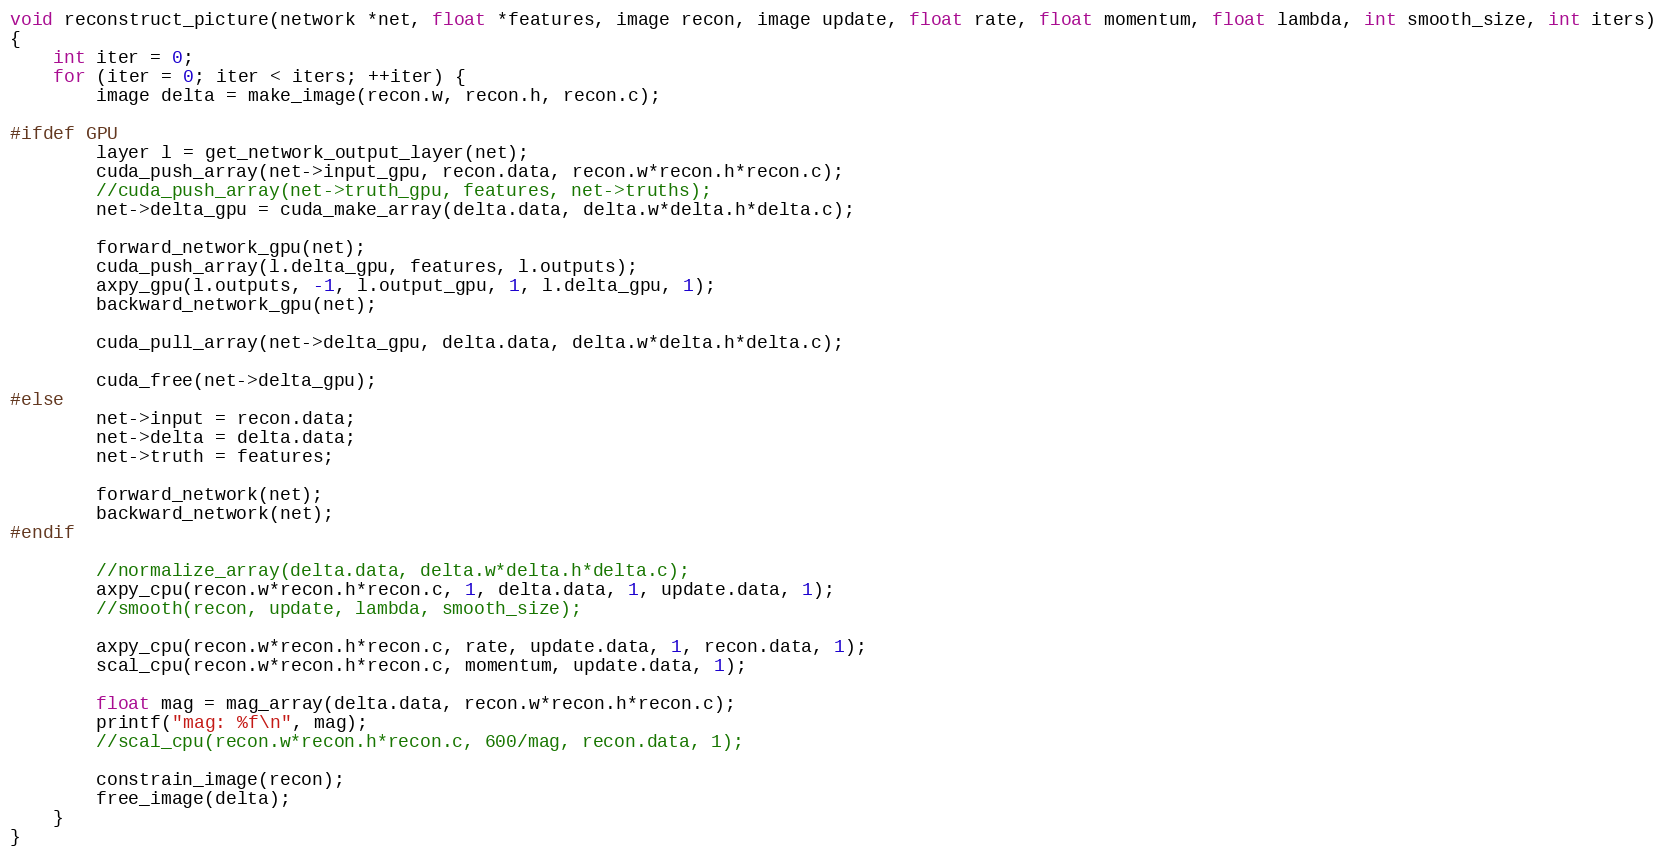
Language: C
void reconstruct_picture(network *net, float *features, image recon, image update, float rate, float momentum, float lambda, int smooth_size, int iters)
{
    int iter = 0;
    for (iter = 0; iter < iters; ++iter) {
        image delta = make_image(recon.w, recon.h, recon.c);

#ifdef GPU
        layer l = get_network_output_layer(net);
        cuda_push_array(net->input_gpu, recon.data, recon.w*recon.h*recon.c);
        //cuda_push_array(net->truth_gpu, features, net->truths);
        net->delta_gpu = cuda_make_array(delta.data, delta.w*delta.h*delta.c);

        forward_network_gpu(net);
        cuda_push_array(l.delta_gpu, features, l.outputs);
        axpy_gpu(l.outputs, -1, l.output_gpu, 1, l.delta_gpu, 1);
        backward_network_gpu(net);

        cuda_pull_array(net->delta_gpu, delta.data, delta.w*delta.h*delta.c);

        cuda_free(net->delta_gpu);
#else
        net->input = recon.data;
        net->delta = delta.data;
        net->truth = features;

        forward_network(net);
        backward_network(net);
#endif

        //normalize_array(delta.data, delta.w*delta.h*delta.c);
        axpy_cpu(recon.w*recon.h*recon.c, 1, delta.data, 1, update.data, 1);
        //smooth(recon, update, lambda, smooth_size);

        axpy_cpu(recon.w*recon.h*recon.c, rate, update.data, 1, recon.data, 1);
        scal_cpu(recon.w*recon.h*recon.c, momentum, update.data, 1);

        float mag = mag_array(delta.data, recon.w*recon.h*recon.c);
        printf("mag: %f\n", mag);
        //scal_cpu(recon.w*recon.h*recon.c, 600/mag, recon.data, 1);

        constrain_image(recon);
        free_image(delta);
    }
}